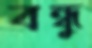
বন্ধু